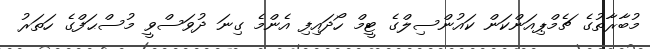
މުބާރާތުގެ ޗެމްޕިއަންކަން ކައުންސިލްގެ ޓީމް ހޯދައިފި އެންމެ ގިނަ ދުވަސްވީ މުސްޙަފްގެ ހަތަރު